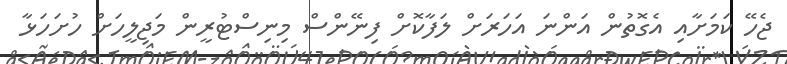
ޖެހޭ ކަމަށާއި އެގޮތުން އަންނަ އަހަރަށް ލަފާކޮށް ފިނޭންސް މިނިސްޓުރީން މަޖިލީހަށް ހުށަހަޅާ